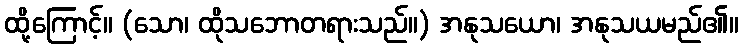
ထို့ကြောင့်။ (သော၊ ထိုသဘောတရားသည်။) အနုသယော၊ အနုသယမည်၏။